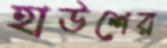
হাউশের